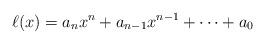
LaTeX: \begin{align*}\ell(x)=a_nx^n+a_{n-1}x^{n-1}+\cdots +a_0\end{align*}